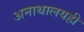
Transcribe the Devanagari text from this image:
अनाथालयही